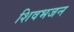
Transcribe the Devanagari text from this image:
शिवभजन